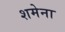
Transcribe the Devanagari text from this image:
शमेना